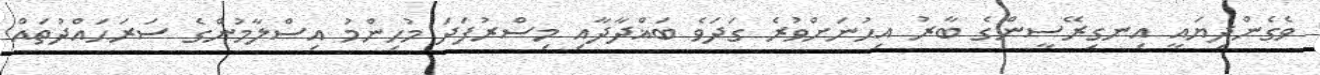
ވެގެންދިޔައީ އިނގިރޭސީންގެ ބާރު އިހުނަށްވުރެ ގަދަވެ ބަޣްދާދާއި މިސްރުފަދަ މުހިންމު އިސްލާމުންގެ ސަރަޙައްދުތައް